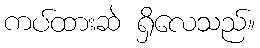
ကပ်ထားဆဲ ရှိလေသည်။